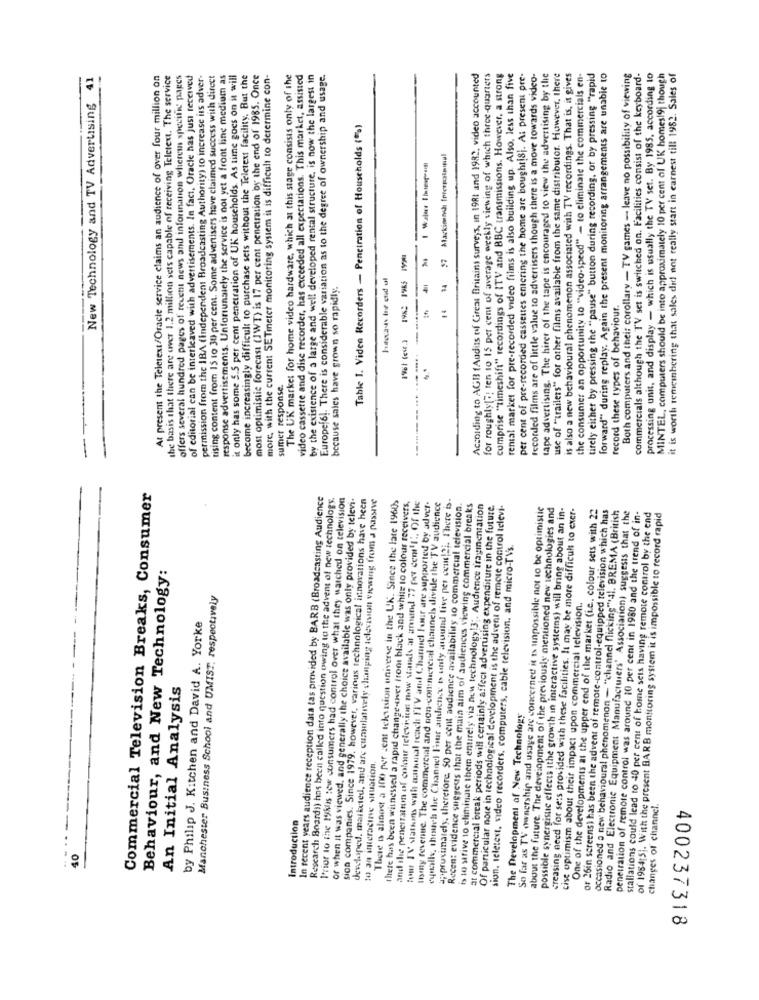
41
At present the Teletext/Oracle service claims an audience of over four million on
the basis that there are over 1.2 million sets capable of receiving Teletext. The service
offers several hundred pages of recent news and information wherein specific pages
of editorial can be interleaved with advertisements. In fact, Oracle has just received
permission from the IBA (independent Broadcasting Authority) to increase its adver-
tising content from 15 to 30 per cent. Some advertisers have claimed success with direct
response advertisements. Unfortunately the service is not yet a front line medium as
it only has some S.S per cent penetration of UK households. As time goes on it will
become increasingly difficult to purchase sets without the Teletext facility. But the
most optimistic forecast (JWT) is 17 per cent penetration by the end of 1985. Once
more, with the current SETmeter monitoring system is is difficult to determine con-
The UK market for home video hardware, which at this stage consisis only of the
video cassette and disc recorder, has exceeded all expectations. This market, assisted
by the existence of a large and well developed rental structure, is now the largest in
Europe 6 !. There is considerable variation as to the degree of ownership and usage.
According to AGB (Audits of Great Britains surveys, in 198t and 1982, video accounted
for roughly["! ten to 15 per cent of average weekly viewing of which three-quarters
comprise "timeshift" recordings of ITV and BBC transmissions. However, a strong
rental market for pre-recorded video films is also building up. Also, less than five
per cent of pre-recorded cassettes entering the home are bought!8). Ai present pre-
recorded films are of little value to advertisers though there is a move towards video-
tape advertising. The hirer of the tape is encouraged to view the advertising by the
use of ""trailers" for other films available from the same distributor. However, there
is also a new behavioural phenomenon associated with TV recordings. That is, it gives
the consumer an opportunity to "video-speed" - to eliminate the commercials en-
tirely either by pressing the "pause" button during recording, or by pressing "rapid
forward" during replay. Again the present monitoring arrangements are unable to
Both computers and thei: corollary - TV games - leave no possibility of viewing
commercials although the TV set is switched on. Facilities consist of the keyboard-
processing unit, and display - which is usually the TV set. By 1985, according to
MINTEL, computers should be into approximately 10 per cent of UK homes19j though
it is worth remembering that sales did not really start in earnest till 1982. Sales of
New Technology and TV Advertising
Table 1. Viden Recorders - Penetration of Households (%)
57 Mackionnoch Iptermostmimul
I Wales Intespesifi
because sales have grown so rapidly.
94
14
record these types of behaviour.
--...
sumer response.
Commercial Television Breaks, Consumer
In recent years audience reception data tas provided by BARB (Broadcasting Audience
Research Board!) has been called into question owing to the advent of new technology.
Prior to the Pyklis :ow consumers had control over what they watched on television
or when it was viewed, and generally the choice available was only provided by televi-
sion companies. Since 1979. however, various technological innovations have heen
developed. maiketed, and are cumulatively changing television viewing from a passive
These i alinost a 100 per cent television oniverse in the UK. Since the late 1960,
tour IV statkins with aathmal reach FTV and Channel Four are supported by adver.
rynalls, though the Channel Four audience t only around live per cem Di, There is.
thete has been witnessed a rapid change-wet troot black and white to colour receivers,
and she penetration of colour television now stands at anund 77 per cent'I', Of the
Ihmny revenue. The commercial and non-con:mercial channels divide the TV audience
approximately, therefore. 50 per cent audience availability io commercial television.
Recen: evidence suggeus that the main aim of audiences viewing commercial breaks
1 10 stfive to eliminate them entirely via nou technology!3 ;. Audience iragmentation
at commercial break periods will certainly affect advertising expenditure in the future.
Of particular note in technological development is the advent of remote control televi-
So far as TV ownership and usage are concerned it ts unpossible not to be optimistic
about the future. The development of the previously mentioned new technologies and
possible synergisuc effects (the growth in interactive systems) will bring about an in-
creasing need for sets provided with these facilities. It may be more difficult to exer-
One of the developments at the upper end of the market (ie, colour sets with 22
or 26in screens) has been the advent of remote-control-equipped television which has
occasioned a new behavioural phenomenon - "channel flicking"al. BREMA (British
Radio and Electronic Equipment Manufacturers' Association) suggests that the
penetration of remote control was around 10 per cent in 1980 and the trend of in-
stallations could lead to 40 per cent of home seis having remote control by the end
of 1984:5 ;. With the present BARB monitoring system it is impossible to record rapid
sion, teletext, video recorders, computers, cable television, and micro-TV's.
Behaviour, and New Technology:
Manchester Business School and UMIST, respectively
cise optimism about their impact upon commercial television.
by Philip J. Kitchen and David A. Yorke
An Initial Analysis
The Development of New Technology
10 30 interactive situation,
changes of channel.
Introduction
40
400237318